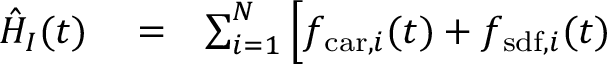
\begin{array} { r l r } { \hat { H } _ { I } ( t ) } & { { } = } & { \sum _ { i = 1 } ^ { N } \Big [ f _ { \mathrm { c a r } , i } ( t ) + f _ { \mathrm { s d f } , i } ( t ) } \end{array}